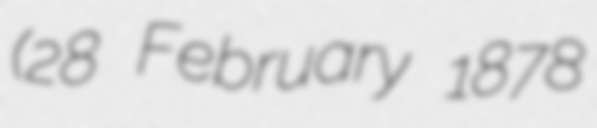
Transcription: (28 February 1878